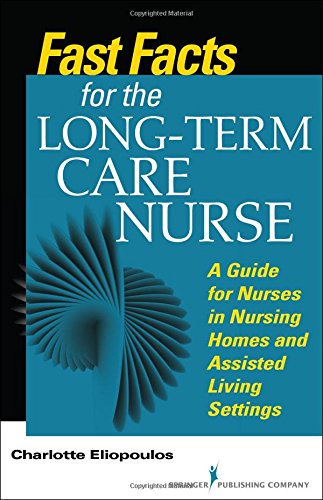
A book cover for Fast Facts for the Long-Term Care Nurse: A Guide for Nurses in Nursing Homes and Assisted Living Settings; Charlotte Eliopoulos MPH  PhD  RN; Medical Books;